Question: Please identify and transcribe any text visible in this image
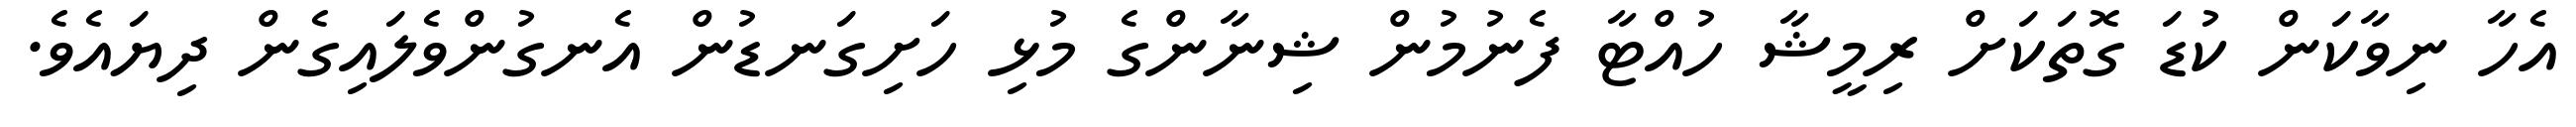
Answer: އެހާ ނިވާކަން ކުޑަ ގޮތަކަށް ރިމީޝާ ހުއްޓާ ފެނުމުން ޝިނާންގެ މުޅި ހަށިގަނޑުން އެނގުންވެލައިގެން ދިޔައެވެ.